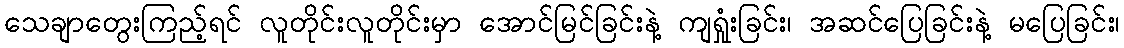
သေချာတွေးကြည့်ရင် လူတိုင်းလူတိုင်းမှာ အောင်မြင်ခြင်းနဲ့ ကျရှုံးခြင်း၊ အဆင်ပြေခြင်းနဲ့ မပြေခြင်း၊